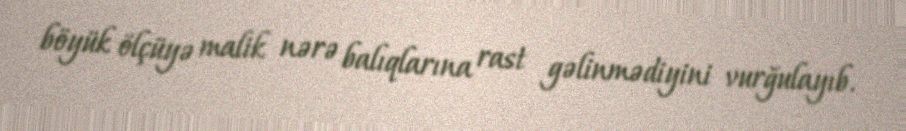
böyük ölçüyə malik nərə balıqlarına rast gəlinmədiyini vurğulayıb.